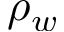
\rho _ { w }